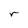
Character: r